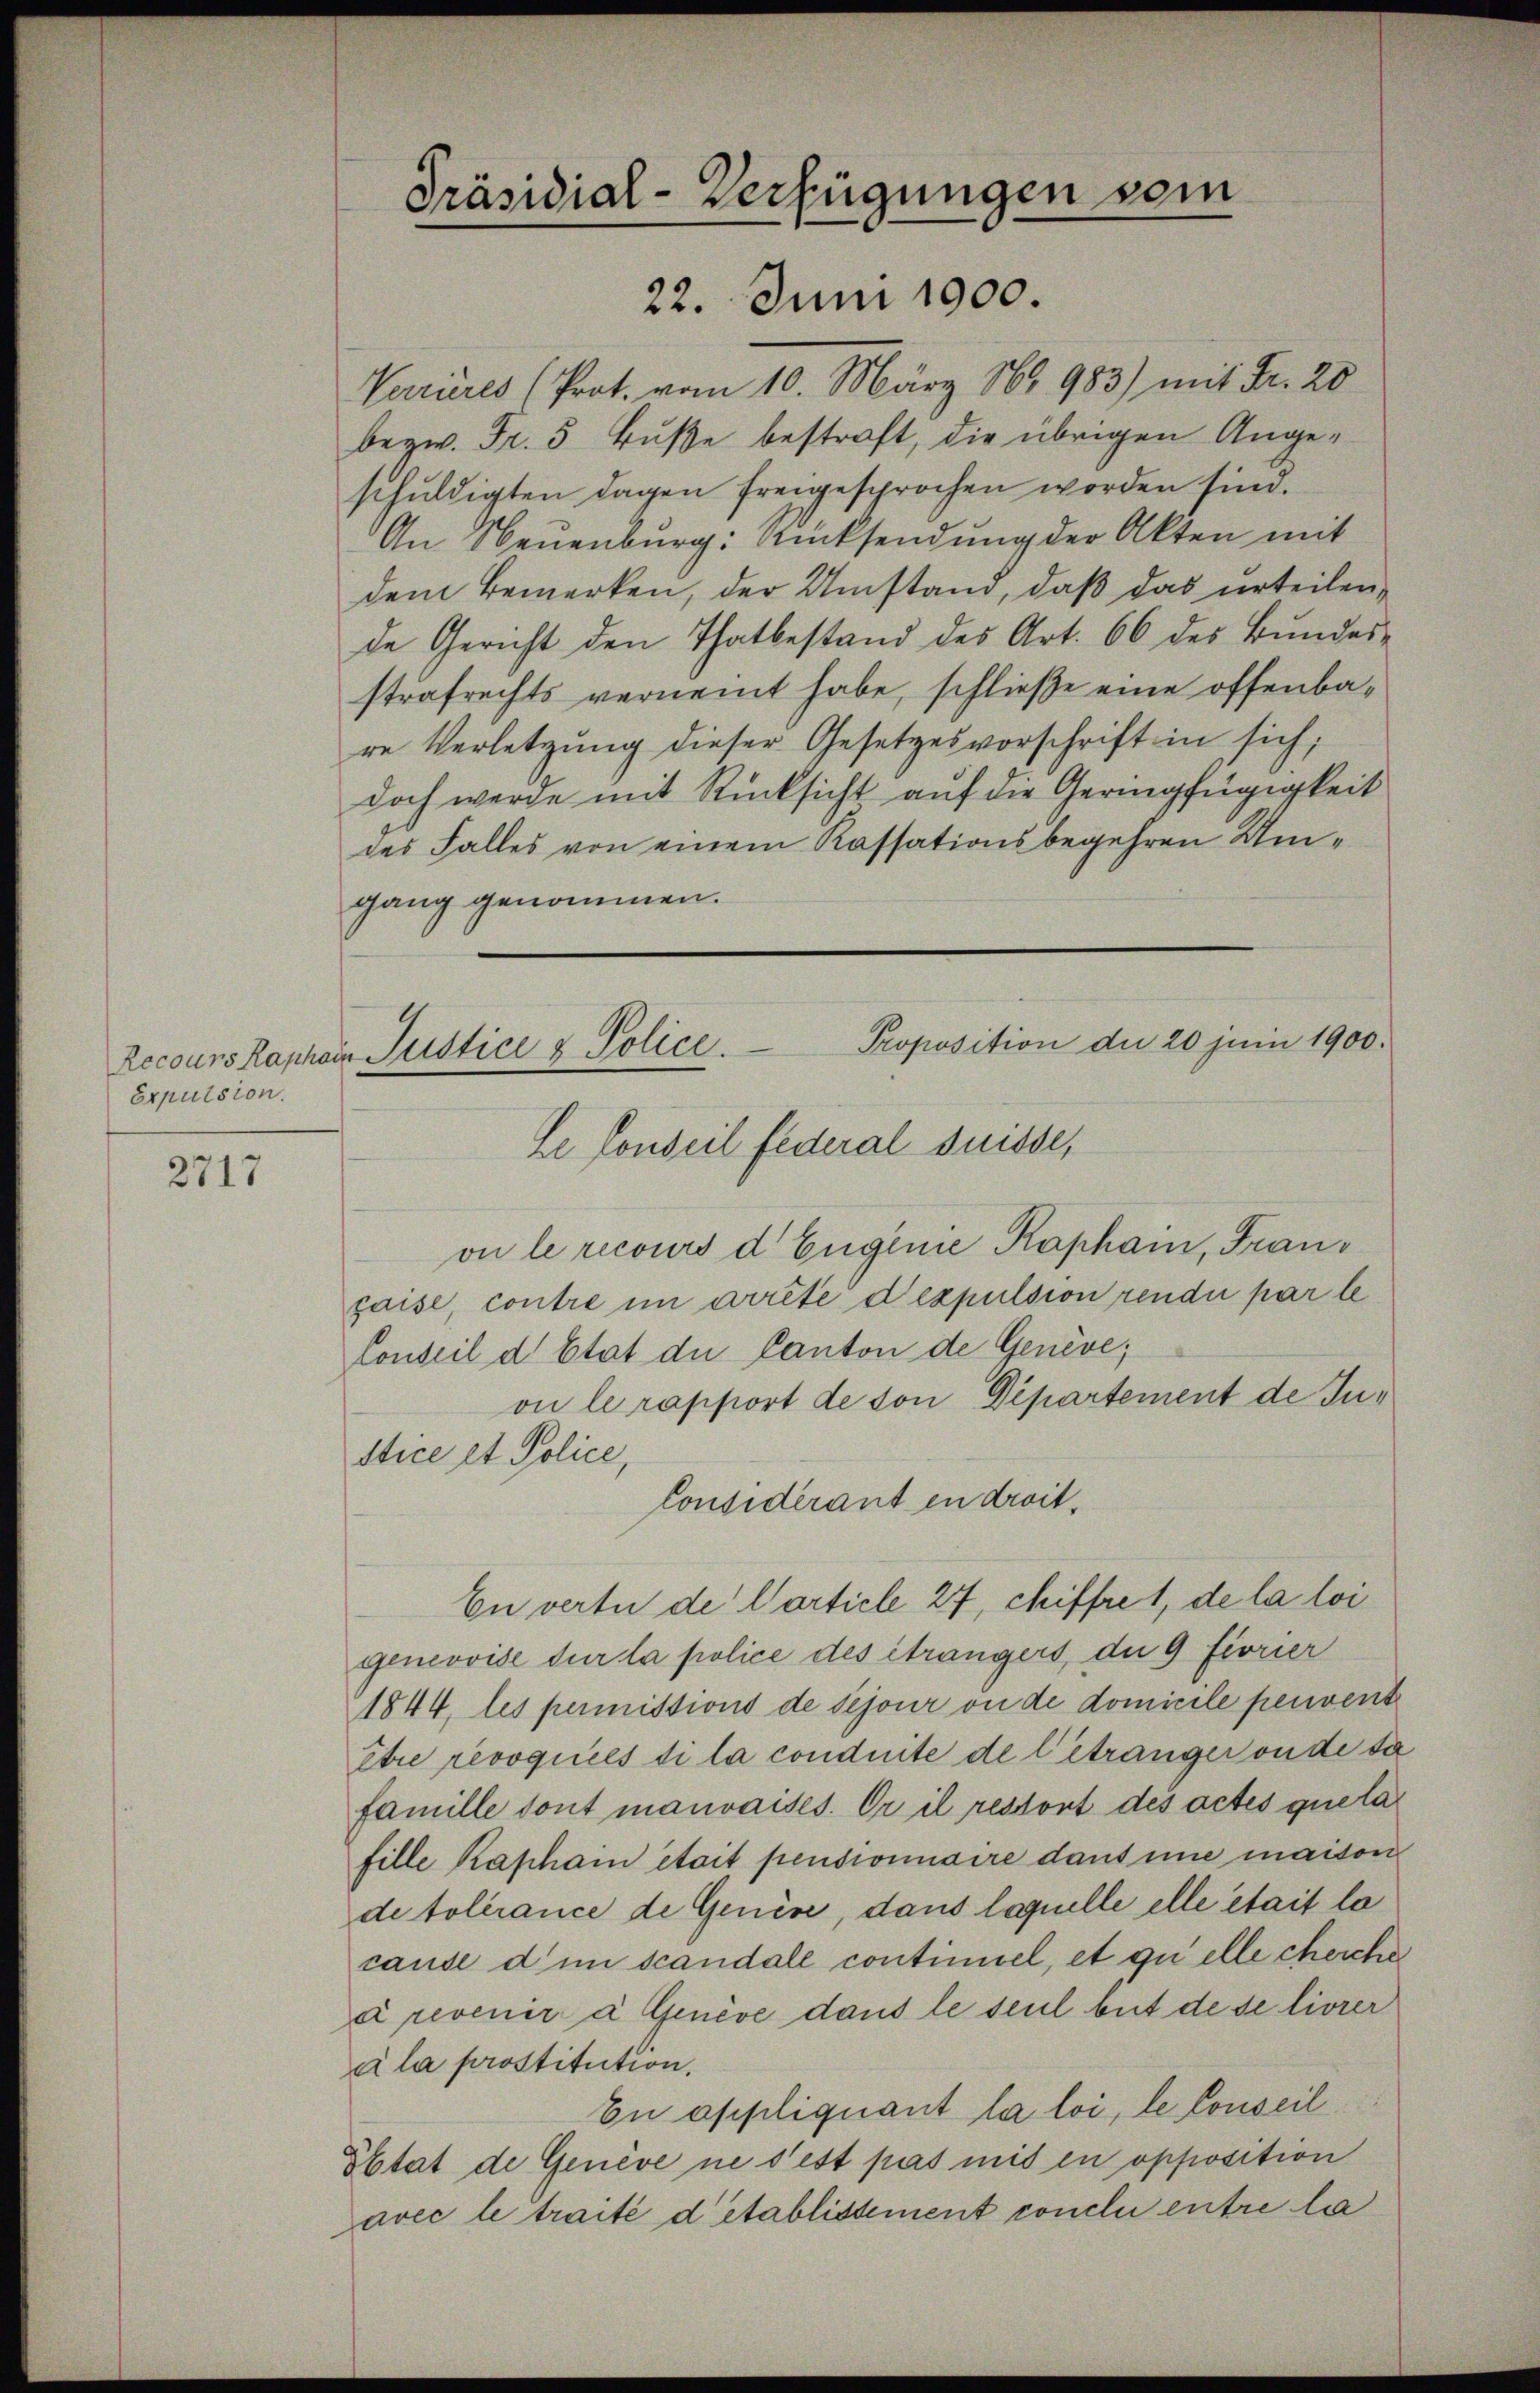
Expulsion.

2717

Verrieres (Prot. vom 10. März 189 983) mit Fr. 20
bezw. Fr. 5 Buße bestraft, die übrigen Angeschŭldigten dagen freigesprochen worden sind.
An Neuenburg: Rücksendung der Akten mit
dem Bemerken, der Umstand, daß das urteilen,
de Gericht den Thatbestand des Art. 66 des Bŭndes-
strafrechts verneint habe, schließe eine offenbare Verletzung dieser Gesetzesvorschrift in sich,
doch werde mit Rücksicht auf die Geringfügigkeit
des Falles von einem Kassationsbegehren Umgang genommen.
Le Conseil federal Suisse,
on le recours d Eugenie Kaphain, Franpaise contre im arrête d expulsion rende par le
Conseil d Etat der Canton de Genève;
on le rapport de von Departement de Justice et Police,
Considérant en droit.
En vertu de Carticle 27, chiffre 1, de la loi
genevoise sur la police des étrangers, du 9 Fiorier
1844, les permissions de sejour ou de domicile peuvent
être révoquées di la conduite de l’étranger ou de da
famille dont mauvaises. Er il restont des actes quela
fille Kaphain était pensionnaire dans une maison
de tolérance de Genève, dans laquelle elle était lo
cause d in scandale contimiel, et quelle cherche
à revenir à Genève dans le seul but de se livrer
ala prostitution.
En appliquant la loi, le Conseil
Obtat de Genève ne s’est pas mit in opposition
avec le traité détablissement conclu entre la

Präsidial-Verfügungen vom
00.

22. Jun

Recours Raphain Justice & Police. Proposition die 20 juni 1900.